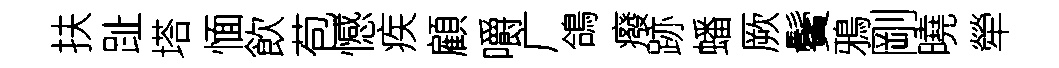
扶趾塔愐飲苞憾疾顧嚼广鴿癈跡蟠厥鬢鴉剛曉犖